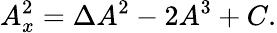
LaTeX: A_{x}^{2}=\Delta A^{2}-2A^{3}+C.